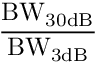
\mathrm { \frac { B W _ { 3 0 d B } } { B W _ { 3 d B } } }